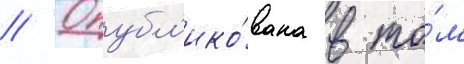
// Опубл'ико́вана в то́м